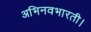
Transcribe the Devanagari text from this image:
अभिनवभारती।